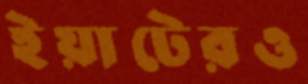
ইয়াটেরও